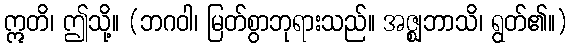
ဣတိ၊ ဤသို့။ (ဘဂဝါ၊ မြတ်စွာဘုရားသည်။ အဇ္ဈဘာသိ၊ ရွတ်၏။)